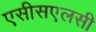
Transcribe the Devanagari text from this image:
एसीसएलसी